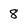
Character: 8